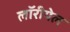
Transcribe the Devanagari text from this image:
लॉरीयेल